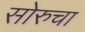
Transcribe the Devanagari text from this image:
सोरुचा